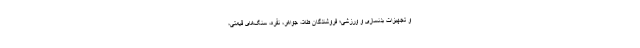
و تجهیزات بدنسازی و ورزشی؛ فروشندگان طلا، جواهر، نقره، سنگ‌های قیمتی،